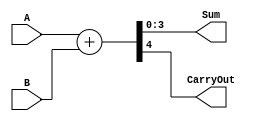


module ParallelAdder (
    input [3:0] A,    // 4-bit input A
    input [3:0] B,    // 4-bit input B
    output [3:0] Sum, // 4-bit output Sum
    output CarryOut   // Carry Out
);
    assign {CarryOut, Sum} = A + B; // Perform 4-bit addition
endmodule

module Accumulator (
    input clk,        // Clock signal
    input reset,      // Reset signal
    input [3:0] In,   // 4-bit input to accumulate
    output reg [3:0] Accum, // 4-bit accumulated value
    output reg CarryOut // Carry Out from accumulation
);
    always @(posedge clk or posedge reset) begin
        if (reset) begin
            Accum <= 4'b0000; // Reset accumulated value to 0
            CarryOut <= 1'b0; // Reset carry out to 0
        end else begin
            {CarryOut, Accum} <= Accum + In; // Accumulate input value
        end
    end
endmodule

module TopModule (
    input clk,          // Clock signal
    input reset,        // Reset signal
    input [3:0] A,      // 4-bit input A
    input [3:0] B,      // 4-bit input B
    output [3:0] Sum,   // 4-bit sum output from adder
    output CarryOutAdder, // Carry out from adder
    output [3:0] Accum, // 4-bit accumulated value
    output CarryOutAccum // Carry out from accumulator
);

    // Instantiate Parallel Adder
    ParallelAdder adder (
        .A(A),
        .B(B),
        .Sum(Sum),
        .CarryOut(CarryOutAdder)
    );

    // Instantiate Accumulator
    Accumulator accum (
        .clk(clk),
        .reset(reset),
        .In(Sum),
        .Accum(Accum),
        .CarryOut(CarryOutAccum)
    );

endmodule